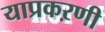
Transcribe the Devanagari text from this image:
याप्रकऱणी